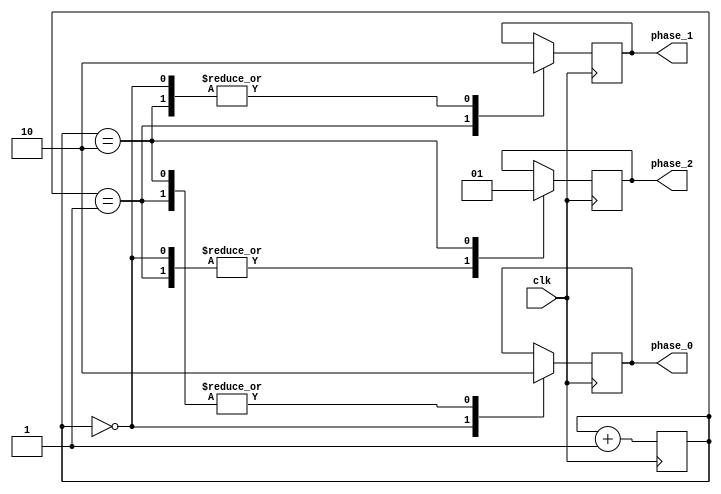
module multi_phase_clock_divider (
    input wire clk,
    output reg phase_0,
    output reg phase_1,
    output reg phase_2,
    // add more output signals as needed
);

reg [2:0] count;

always @(posedge clk) begin
    count <= count + 1;
    case(count)
        3'd0: begin
            phase_0 <= 1;
            phase_1 <= 0;
            phase_2 <= 0;
            // assign phase offsets for additional phases
        end
        3'd1: begin
            phase_0 <= 0;
            phase_1 <= 1;
            phase_2 <= 0;
            // assign phase offsets for additional phases
        end
        3'd2: begin
            phase_0 <= 0;
            phase_1 <= 0;
            phase_2 <= 1;
            // assign phase offsets for additional phases
        end
        // add more cases for additional phases
    endcase
end

endmodule